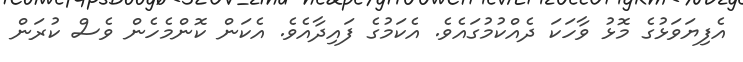
އެފިޔަވަޅުގެ މޮޅު ވާހަކަ ދެއްކުމުގައެވެ. އެކަމުގެ ފައިދާއެވެ. އެކަން ކޮންމެހެން ވެސް ކުރަން